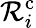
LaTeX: \mathcal{R}_{i}^{\mathrm{c}}